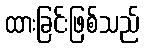
ထားခြင်းဖြစ်သည်